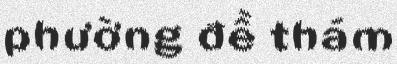
phường đề thám